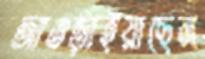
আওড়াইয়াছেন